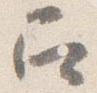
召